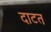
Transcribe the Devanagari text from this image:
दाटत